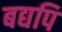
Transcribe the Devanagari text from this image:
बद्यपि